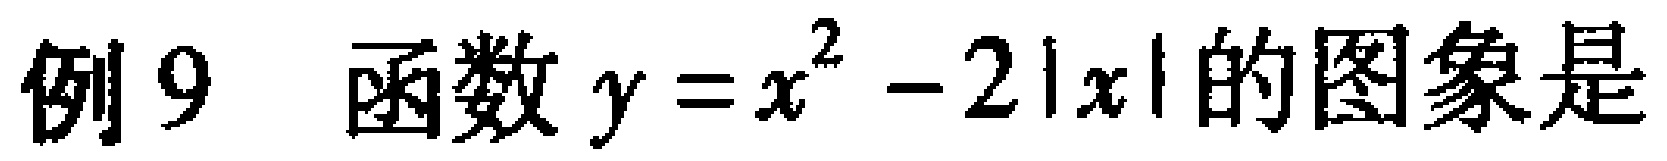
例9 函数\(y = x^{2}-2|x|\)的图象是